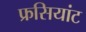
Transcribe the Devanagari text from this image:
फ्रसियांट